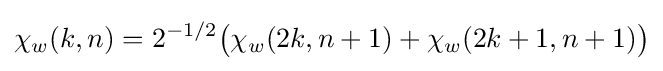
\chi _{w}(k,n)=2^{-1/2}{\bigl (}\chi _{w}(2k,n+1)+\chi _{w}(2k+1,n+1){\bigr )}